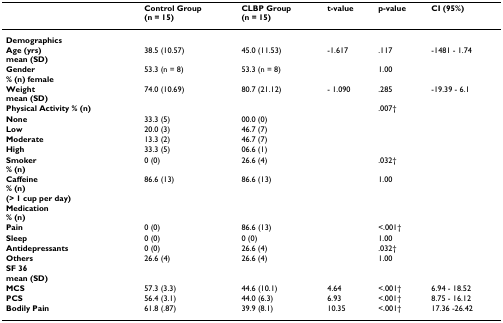
<table><thead><tr><td></td><td><b>Control Group(n = 15)</b></td><td><b>CLBP Group(n = 15)</b></td><td><b>t-value</b></td><td><b>p-value</b></td><td><b>CI (95%)</b></td></tr></thead><tbody><tr><td><b>Demographics</b></td><td></td><td></td><td></td><td></td><td></td></tr><tr><td><b>Age (yrs)</b><b>mean (SD)</b></td><td>38.5 (10.57)</td><td>45.0 (11.53)</td><td>-1.617</td><td>.117</td><td>-1481 - 1.74</td></tr><tr><td><b>Gender</b><b>% (n) female</b></td><td>53.3 (n = 8)</td><td>53.3 (n = 8)</td><td></td><td>1.00</td><td></td></tr><tr><td><b>Weight</b><b>mean (SD)</b></td><td>74.0 (10.69)</td><td>80.7 (21.12)</td><td>- 1.090</td><td>.285</td><td>-19.39 - 6.1</td></tr><tr><td><b>Physical Activity % (n)</b></td><td></td><td></td><td></td><td>.007†</td><td></td></tr><tr><td><b>None</b></td><td>33.3 (5)</td><td>00.0 (0)</td><td></td><td></td><td></td></tr><tr><td><b>Low</b></td><td>20.0 (3)</td><td>46.7 (7)</td><td></td><td></td><td></td></tr><tr><td><b>Moderate</b></td><td>13.3 (2)</td><td>46.7 (7)</td><td></td><td></td><td></td></tr><tr><td><b>High</b></td><td>33.3 (5)</td><td>06.6 (1)</td><td></td><td></td><td></td></tr><tr><td><b>Smoker</b><b>% (n)</b></td><td>0 (0)</td><td>26.6 (4)</td><td></td><td>.032†</td><td></td></tr><tr><td><b>Caffeine</b><b>% (n)</b><b>(&gt; 1 cup per day)</b></td><td>86.6 (13)</td><td>86.6 (13)</td><td></td><td>1.00</td><td></td></tr><tr><td><b>Medication</b><b>% (n)</b></td><td></td><td></td><td></td><td></td><td></td></tr><tr><td><b>Pain</b></td><td>0 (0)</td><td>86.6 (13)</td><td></td><td>&lt;.001†</td><td></td></tr><tr><td><b>Sleep</b></td><td>0 (0)</td><td>0 (0)</td><td></td><td>1.00</td><td></td></tr><tr><td><b>Antidepressants</b></td><td>0 (0)</td><td>26.6 (4)</td><td></td><td>.032†</td><td></td></tr><tr><td><b>Others</b></td><td>26.6 (4)</td><td>26.6 (4)</td><td></td><td>1.00</td><td></td></tr><tr><td><b>SF 36</b><b>mean (SD)</b></td><td></td><td></td><td></td><td></td><td></td></tr><tr><td><b>MCS</b></td><td>57.3 (3.3)</td><td>44.6 (10.1)</td><td>4.64</td><td>&lt;.001†</td><td>6.94 - 18.52</td></tr><tr><td><b>PCS</b></td><td>56.4 (3.1)</td><td>44.0 (6.3)</td><td>6.93</td><td>&lt;.001†</td><td>8.75 - 16.12</td></tr><tr><td><b>Bodily Pain</b></td><td>61.8 (.87)</td><td>39.9 (8.1)</td><td>10.35</td><td>&lt;.001†</td><td>17.36 -26.42</td></tr></tbody></table>